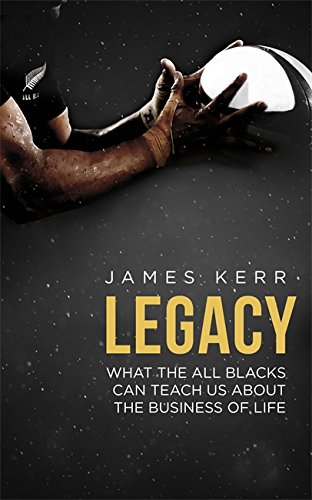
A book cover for Legacy; James Kerr; Sports & Outdoors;